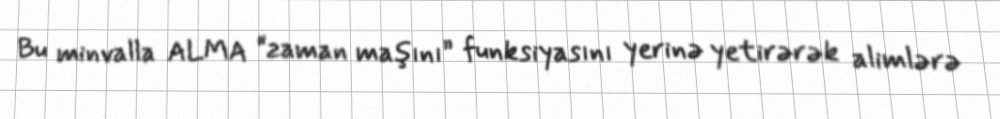
Bu minvalla ALMA “zaman maşını” funksiyasını yerinə yetirərək alimlərə